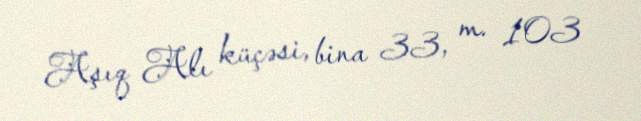
Aşıq Alı küçəsi, bina 33, m. 103